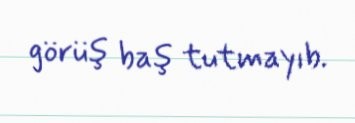
görüş baş tutmayıb.